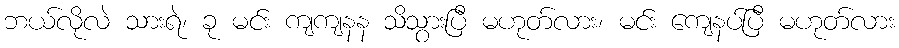
ဘယ်လိုလဲ သားရဲ၊ ခု မင်း ကျကျနန သိသွားပြီ မဟုတ်လား၊ မင်း ကျေနပ်ပြီ မဟုတ်လား